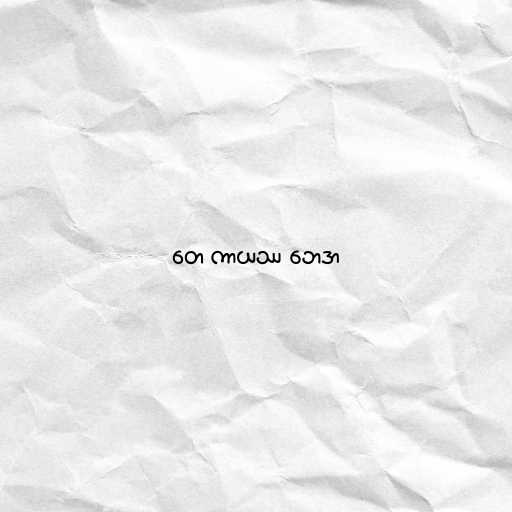
တေ ကာယဿ ဘေဒာ